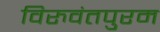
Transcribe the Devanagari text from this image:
विरुवंतपुरम